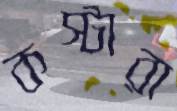
কস্টারা